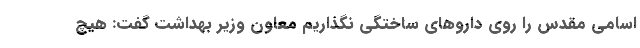
اسامی مقدس را روی داروهای ساختگی نگذاریم معاون وزیر بهداشت گفت: هیچ